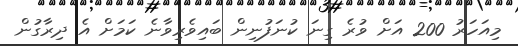
މިއަހަރު 200 އަށް ވުރެ ގިނަ ކުނަފުނިން ބައިވެރިވާނެ ކަމަށް އެ ދިރާގުން